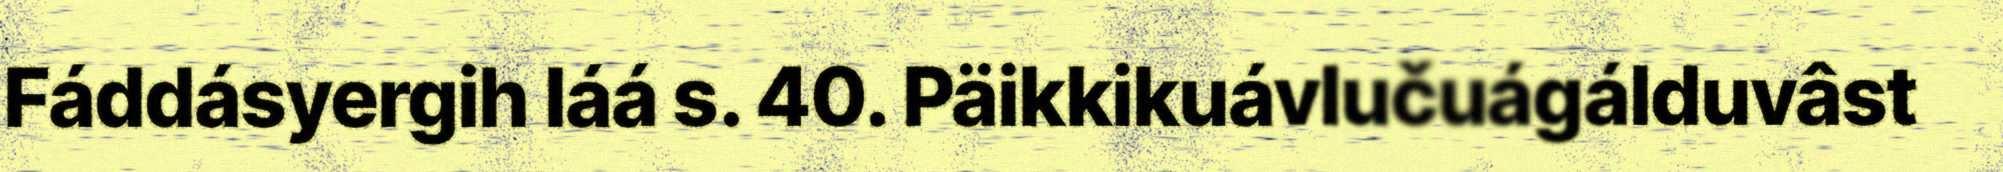
Fáddásyergih láá s. 40. Päikkikuávlučuágálduvâst